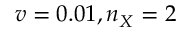
v = 0 . 0 1 , n _ { X } = 2